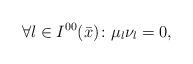
LaTeX: \begin{align*}\forall l\in I^{00}(\bar x)\colon\mu_l\nu_l=0,\end{align*}